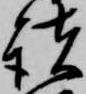
諸